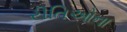
રીતિઓના